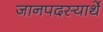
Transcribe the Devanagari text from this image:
जानपदस्यार्थे